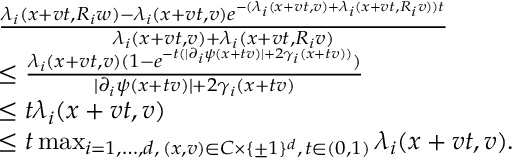
\begin{array} { r l } & { \frac { \lambda _ { i } ( x + v t , R _ { i } w ) - \lambda _ { i } ( x + v t , v ) e ^ { - ( \lambda _ { i } ( x + v t , v ) + \lambda _ { i } ( x + v t , R _ { i } v ) ) t } } { \lambda _ { i } ( x + v t , v ) + \lambda _ { i } ( x + v t , R _ { i } v ) } } \\ & { \leq \frac { \lambda _ { i } ( x + v t , v ) ( 1 - e ^ { - t ( \lvert \partial _ { i } \psi ( x + t v ) \rvert + 2 \gamma _ { i } ( x + t v ) ) } ) } { \lvert \partial _ { i } \psi ( x + t v ) \rvert + 2 \gamma _ { i } ( x + t v ) } } \\ & { \leq t \lambda _ { i } ( x + v t , v ) } \\ & { \leq t \operatorname* { m a x } _ { i = 1 , \dots , d , \, ( x , v ) \in C \times \{ \pm 1 \} ^ { d } , \, t \in ( 0 , 1 ) } \lambda _ { i } ( x + v t , v ) . } \end{array}